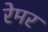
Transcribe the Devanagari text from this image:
रेमर